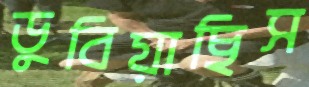
ডুবিয়াছিস